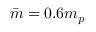
\bar { m } = 0 . 6 m _ { p }